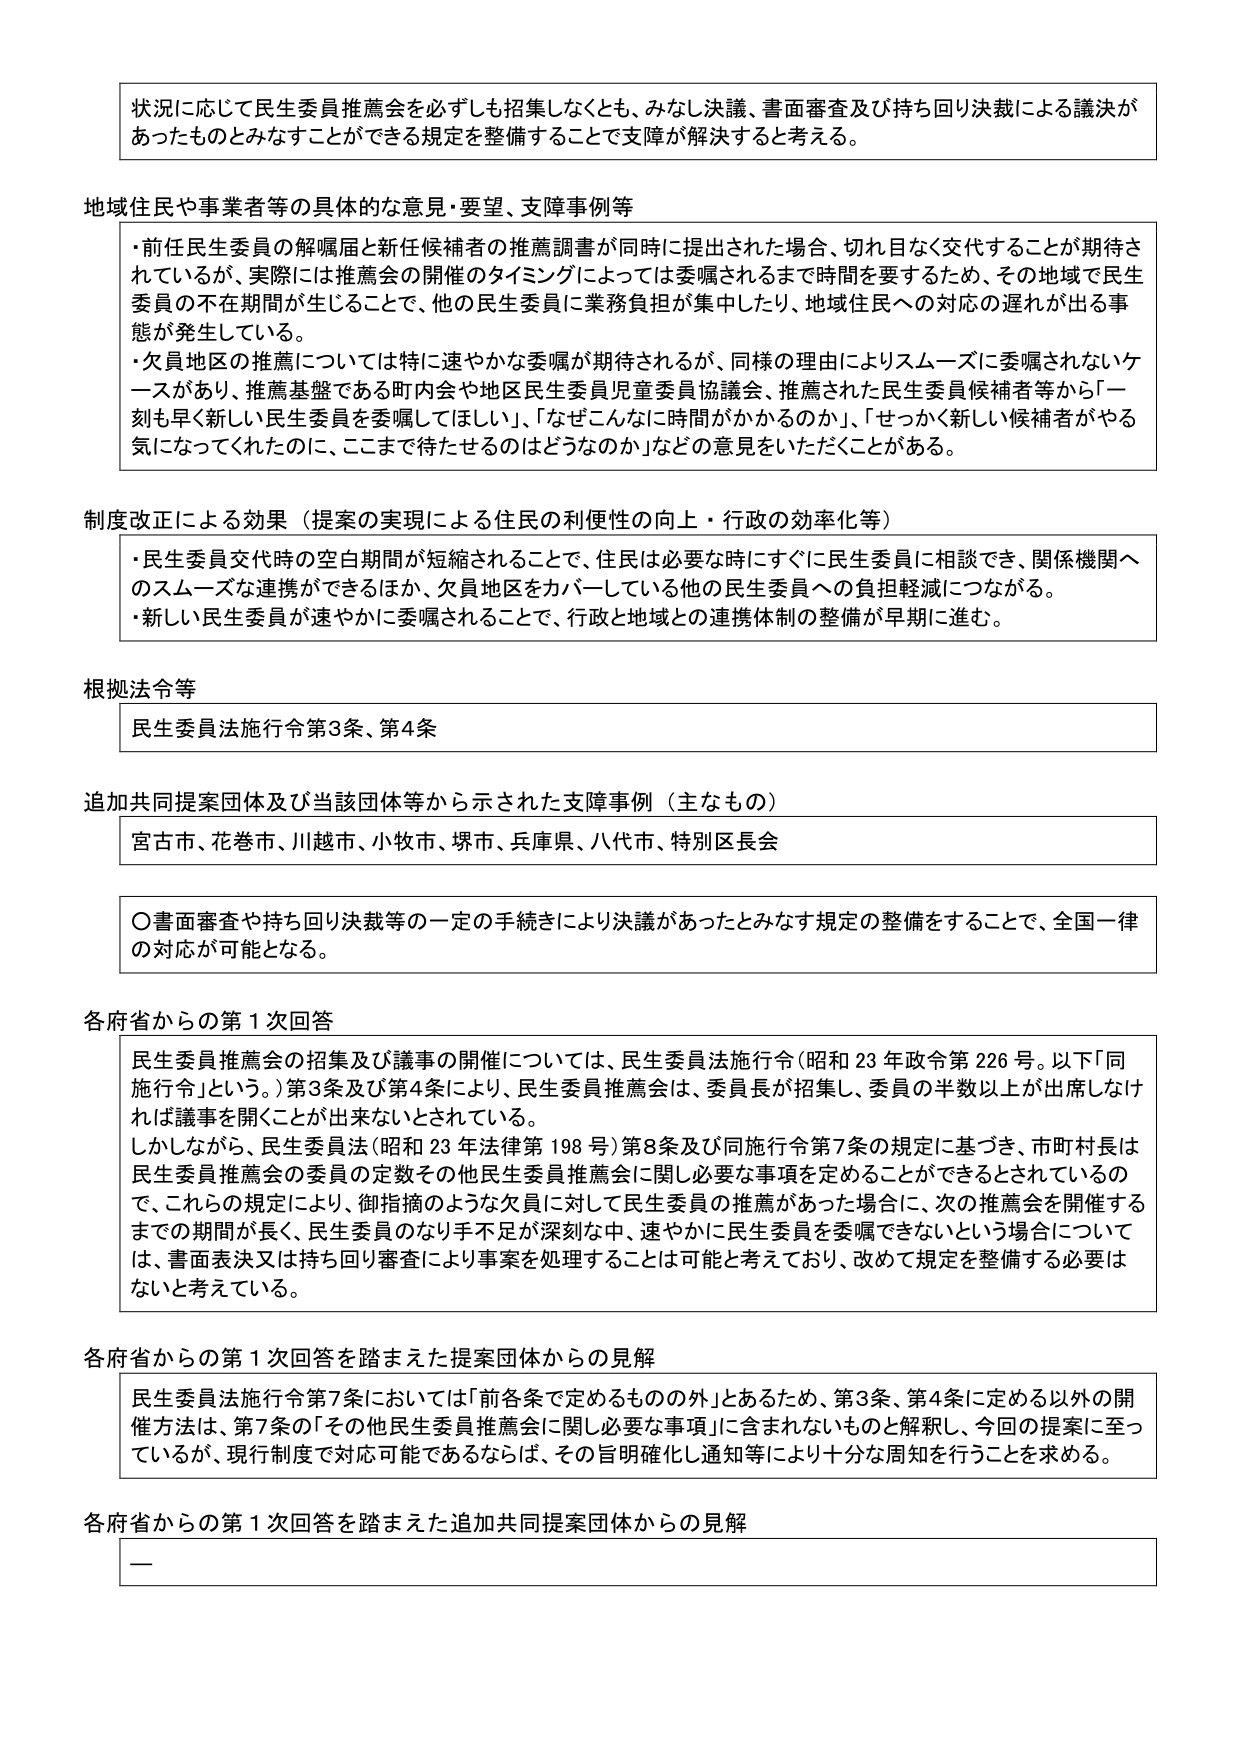
状況に応じて民生委員推薦会を必ずしも招集しなくとも、みなし決議、書面審査及び持ち回り決裁による議決があったものとみなすことができる規定を整備することで支障が解決すると考える。

地域住民や事業者等の具体的な意見・要望、支障事例等
・前任民生委員の解嘱届と新任候補者の推薦調書が同時に提出された場合、切れ目なく交代することが期待されているが、実際には推薦会の開催のタイミングによっては委嘱されるまで時間を要するため、その地域で民生委員の不在期間が生じることで、他の民生委員に業務負担が集中したり、地域住民への対応の遅れが出る事態が発生している。
・欠員地区の推薦については特に速やかな委嘱が期待されるが、同様の理由によりスムーズに委嘱されないケースがあり、推薦基盤である町内会や地区民生委員児童委員協議会、推薦された民生委員候補者等から「一刻も早く新しい民生委員を委嘱してほしい」、「なぜこんなに時間がかかるのか」、「せっかく新しい候補者がやる気になってくれたのに、ここまで待たせるのはどうなのか」などの意見をいただくことがある。

制度改正による効果（提案の実現による住民の利便性の向上・行政の効率化等）
・民生委員交代時の空白期間が短縮されることで、住民は必要な時にすぐに民生委員に相談でき、関係機関へのスムーズな連携ができるほか、欠員地区をカバーしている他の民生委員への負担軽減につながる。
・新しい民生委員が速やかに委嘱されることで、行政と地域との連携体制の整備が早期に進む。

根拠法令等
民生委員法施行令第3条、第4条

追加共同提案団体及び当該団体等から示された支障事例（主なもの）
宮古市、花巻市、川越市、小牧市、堺市、兵庫県、八代市、特別区長会

〇書面審査や持ち回り決裁等の一定の手続きにより決議があったとみなす規定の整備をすることで、全国一律の対応が可能となる。

各府省からの第1次回答
民生委員推薦会の招集及び議事の開催については、民生委員法施行令（昭和23年政令第226号。以下「同施行令」という。）第3条及び第4条により、民生委員推薦会は、委員長が招集し、委員の半数以上が出席しなければ議事を開くことが出来ないとされている。
しかしながら、民生委員法（昭和23年法律第198号）第8条及び同施行令第7条の規定に基づき、市町村長は民生委員推薦会の委員の定数その他民生委員推薦会に関し必要な事項を定めることができるとされているので、これらの規定により、御指摘のような欠員に対して民生委員の推薦があった場合に、次の推薦会を開催するまでの期間が長く、民生委員のなり手不足が深刻な中、速やかに民生委員を委嘱できないという場合については、書面表決又は持ち回り審査により事案を処理することは可能と考えており、改めて規定を整備する必要はないと考えている。

各府省からの第1次回答を踏まえた提案団体からの見解
民生委員法施行令第7条においては「前各条で定めるもの以外」とあるため、第3条、第4条に定める以外の開催方法は、第7条の「その他民生委員推薦会に関し必要な事項」に含まれないものと解釈し、今回の提案に至っているが、現行制度で対応可能であるならば、その旨明確化し通知等により十分な周知を行うことを求める。

各府省からの第1次回答を踏まえた追加共同提案団体からの見解
ー